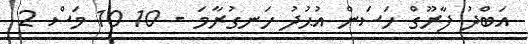
އަބްދު ފާރޫގް ހަސަން އުޙުދު ހަނގުރާމަ - 10 10 މަސް 2